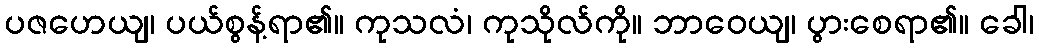
ပဇဟေယျ၊ ပယ်စွန့်ရာ၏။ ကုသလံ၊ ကုသိုလ်ကို။ ဘာဝေယျ၊ ပွားစေရာ၏။ ခေါ၊